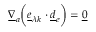
\underline { { \nabla } } _ { a } \biggl ( \underline { { e } } _ { \lambda k } \cdot \underline { { d } } _ { e } \biggr ) = \underline { { 0 } }